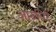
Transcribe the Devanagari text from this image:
आरुयिरे